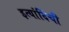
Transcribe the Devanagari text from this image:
इत्यांदिंची